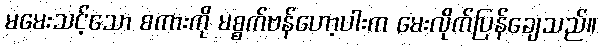
မမေးသင့်သော စကားကို မစ္စက်ဗန်ဟော့ပါးက မေးလိုက်ပြန်ချေသည်။